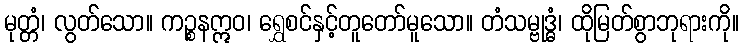
မုတ္တံ၊ လွတ်သော။ ကဉ္စနဣဝ၊ ရွှေစင်နှင့်တူတော်မူသော။ တံသမ္ဗုဒ္ဓံ၊ ထိုမြတ်စွာဘုရားကို။